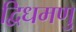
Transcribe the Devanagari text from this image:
द्विधमणु